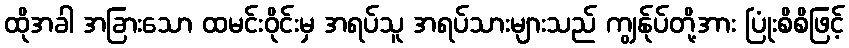
ထိုအခါ အခြားသော ထမင်းဝိုင်းမှ အရပ်သူ အရပ်သားများသည် ကျွန်ုပ်တို့အား ပြုံးစိစိဖြင့်